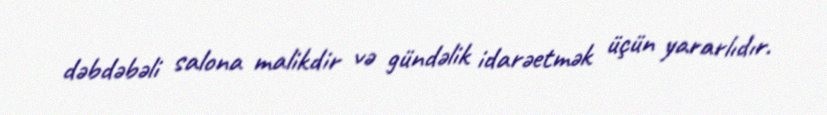
dəbdəbəli salona malikdir və gündəlik idarəetmək üçün yararlıdır.